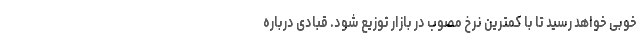
خوبی خواهد رسید تا با کمترین نرخ مصوب در بازار توزیع شود. قبادی درباره